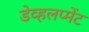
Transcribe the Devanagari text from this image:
डेव्हलप्मेंट